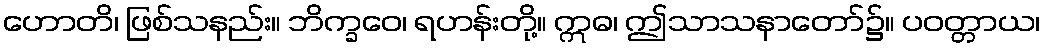
ဟောတိ၊ ဖြစ်သနည်း။ ဘိက္ခဝေ၊ ရဟန်းတို့။ ဣဓ၊ ဤသာသနာတော်၌။ ပဝတ္တာယ၊